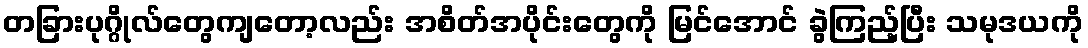
တခြားပုဂ္ဂိုလ်တွေကျတော့လည်း အစိတ်အပိုင်းတွေကို မြင်အောင် ခွဲကြည့်ပြီး သမုဒယကို